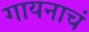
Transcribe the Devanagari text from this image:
गायनाचं